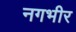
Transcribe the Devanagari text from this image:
नगभीर